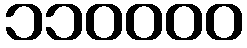
၁၁၀၀၀၀